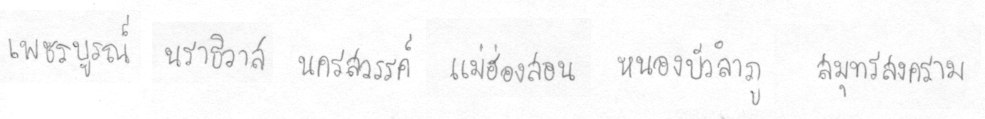
เพชรบรูณ์นราธิวาสนครสววรรค์แม่ฮ่องสอนหนองบัวลำภูสมุทรสงคราม